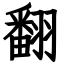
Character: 翻